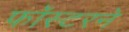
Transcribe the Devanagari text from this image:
फॉस्टरने